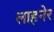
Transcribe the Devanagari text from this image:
लाहनेर